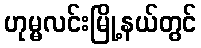
ဟုမ္မလင်းမြို့နယ်တွင်